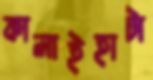
কালাইহাটা